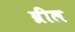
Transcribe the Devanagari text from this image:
व्रील